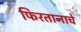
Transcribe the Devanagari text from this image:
फिरतानाचे